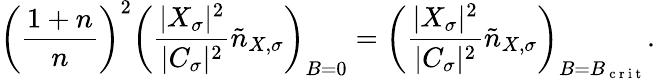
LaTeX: \left(\frac{1+n}{n}\right)^{2}\left(\frac{|X_{\sigma}|^{2}}{|C_{\sigma}|^{2}}\tilde{n}_{X,\sigma}\right)_{B=0}=\left(\frac{|X_{\sigma}|^{2}}{|C_{\sigma}|^{2}}\tilde{n}_{X,\sigma}\right)_{B=B_{\mathrm{~c~r~i~t~}}}.